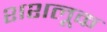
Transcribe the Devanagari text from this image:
शशलूक